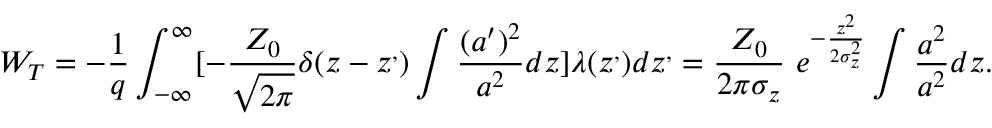
W _ { T } = - \frac { 1 } { q } \int _ { - \infty } ^ { \infty } [ { - \frac { Z _ { 0 } } { \sqrt { 2 \pi } } \delta ( z - z ^ { , } ) \int \frac { ( a ^ { \prime } ) ^ { 2 } } { a ^ { 2 } } d z } ] \lambda ( z ^ { , } ) d z ^ { , } = \frac { Z _ { 0 } } { 2 \pi \sigma _ { z } } \ e ^ { - \frac { z ^ { 2 } } { 2 \sigma _ { z } ^ { 2 } } } \int \frac { a ^ { 2 } } { a ^ { 2 } } d z .